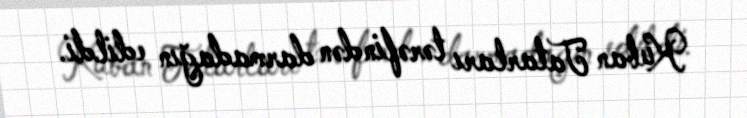
Kuban Tatarları tərəfindən darmadağın edildi.